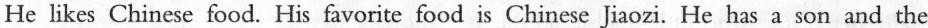
He likes Chinese food. His favorite food is Chinese Jiaozi. He has a son and the